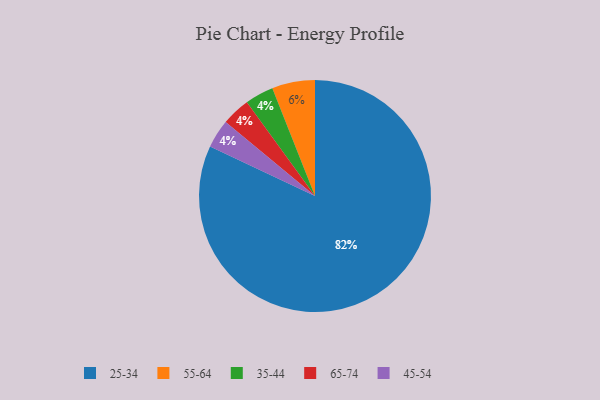
{"axis": {"x": "Category", "y": "Percentage"}, "legend": ["25-34", "35-44", "45-54", "55-64", "65-74"], "data": [{"x": "35-44", "y": 4, "type": "35-44"}, {"x": "55-64", "y": 6, "type": "55-64"}, {"x": "65-74", "y": 4, "type": "65-74"}, {"x": "45-54", "y": 4, "type": "45-54"}, {"x": "25-34", "y": 82, "type": "25-34"}]}